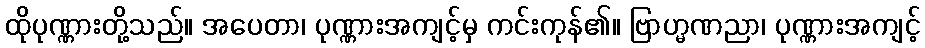
ထိုပုဏ္ဏားတို့သည်။ အပေတာ၊ ပုဏ္ဏားအကျင့်မှ ကင်းကုန်၏။ ဗြာဟ္မဏညာ၊ ပုဏ္ဏားအကျင့်